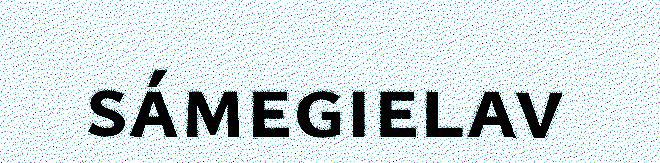
sámegielav